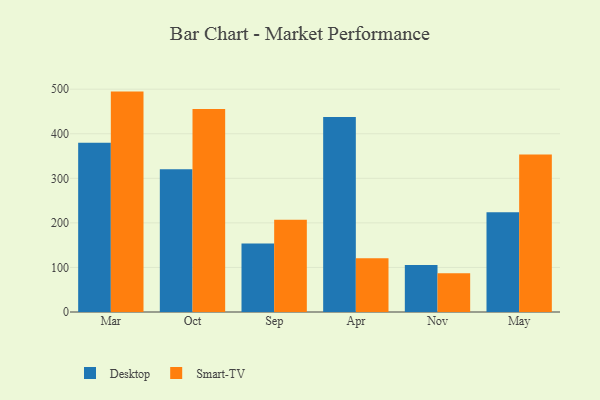
{"axis": {"x": "Month", "y": "Temperature (°C)"}, "legend": ["Desktop", "Smart-TV"], "data": [{"x": "Mar", "y": 379.9, "type": "Desktop"}, {"x": "Mar", "y": 494.6, "type": "Smart-TV"}, {"x": "Oct", "y": 320.4, "type": "Desktop"}, {"x": "Oct", "y": 455.6, "type": "Smart-TV"}, {"x": "Sep", "y": 153.8, "type": "Desktop"}, {"x": "Sep", "y": 207.0, "type": "Smart-TV"}, {"x": "Apr", "y": 437.4, "type": "Desktop"}, {"x": "Apr", "y": 120.8, "type": "Smart-TV"}, {"x": "Nov", "y": 105.4, "type": "Desktop"}, {"x": "Nov", "y": 86.7, "type": "Smart-TV"}, {"x": "May", "y": 223.9, "type": "Desktop"}, {"x": "May", "y": 353.7, "type": "Smart-TV"}]}